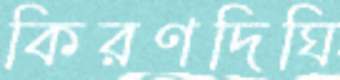
কিরণদিঘি